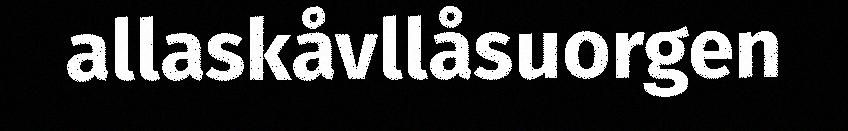
allaskåvllåsuorgen